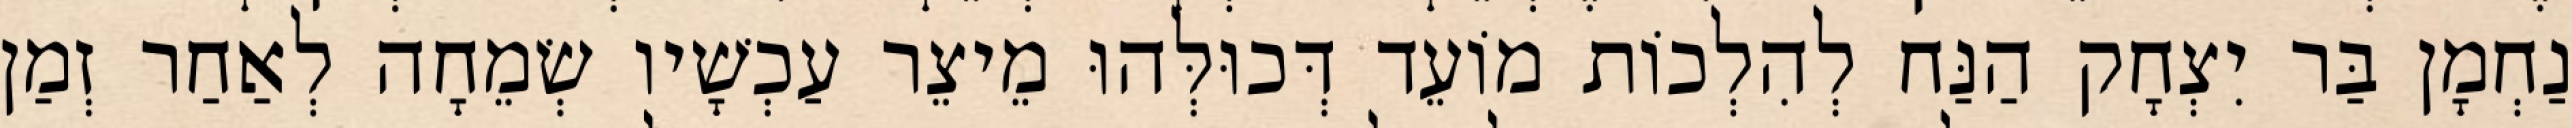
נַחְמָן בַּר יִצְחָק הַנַּח לְהִלְכוֹת מוֹעֵד דְּכוּלְּהוּ מֵיצֵר עַכְשָׁיו שְׂמֵחָה לְאַחַר זְמַן